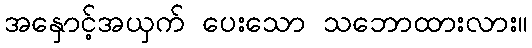
အနှောင့်အယှက် ပေးသော သဘောထားလား။